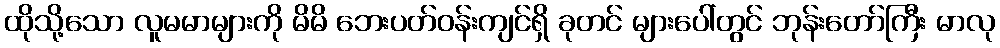
ထိုသို့သော လူမမာများကို မိမိ ဘေးပတ်ဝန်းကျင်ရှိ ခုတင် များပေါ်တွင် ဘုန်းတော်ကြီး မာလု